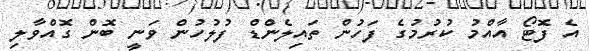
އެ ފޮޓޯ އާއްމު ކުރުމުގެ ފަހުން ތައިލެންޑް ފުލުހުން ވަނީ ބޮން ގޮއްވާލި